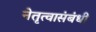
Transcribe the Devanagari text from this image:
नेतृत्वासंबंधी